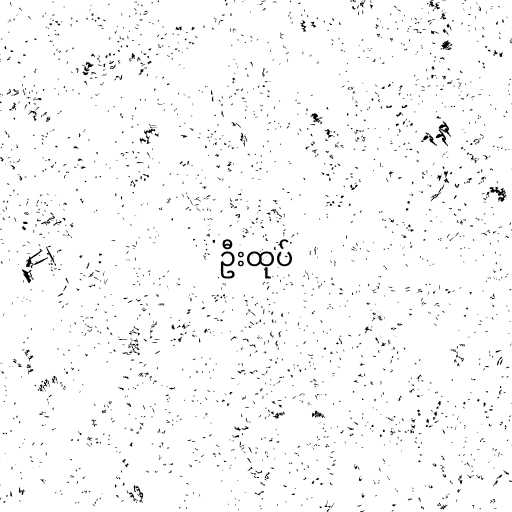
ဦးထုပ်